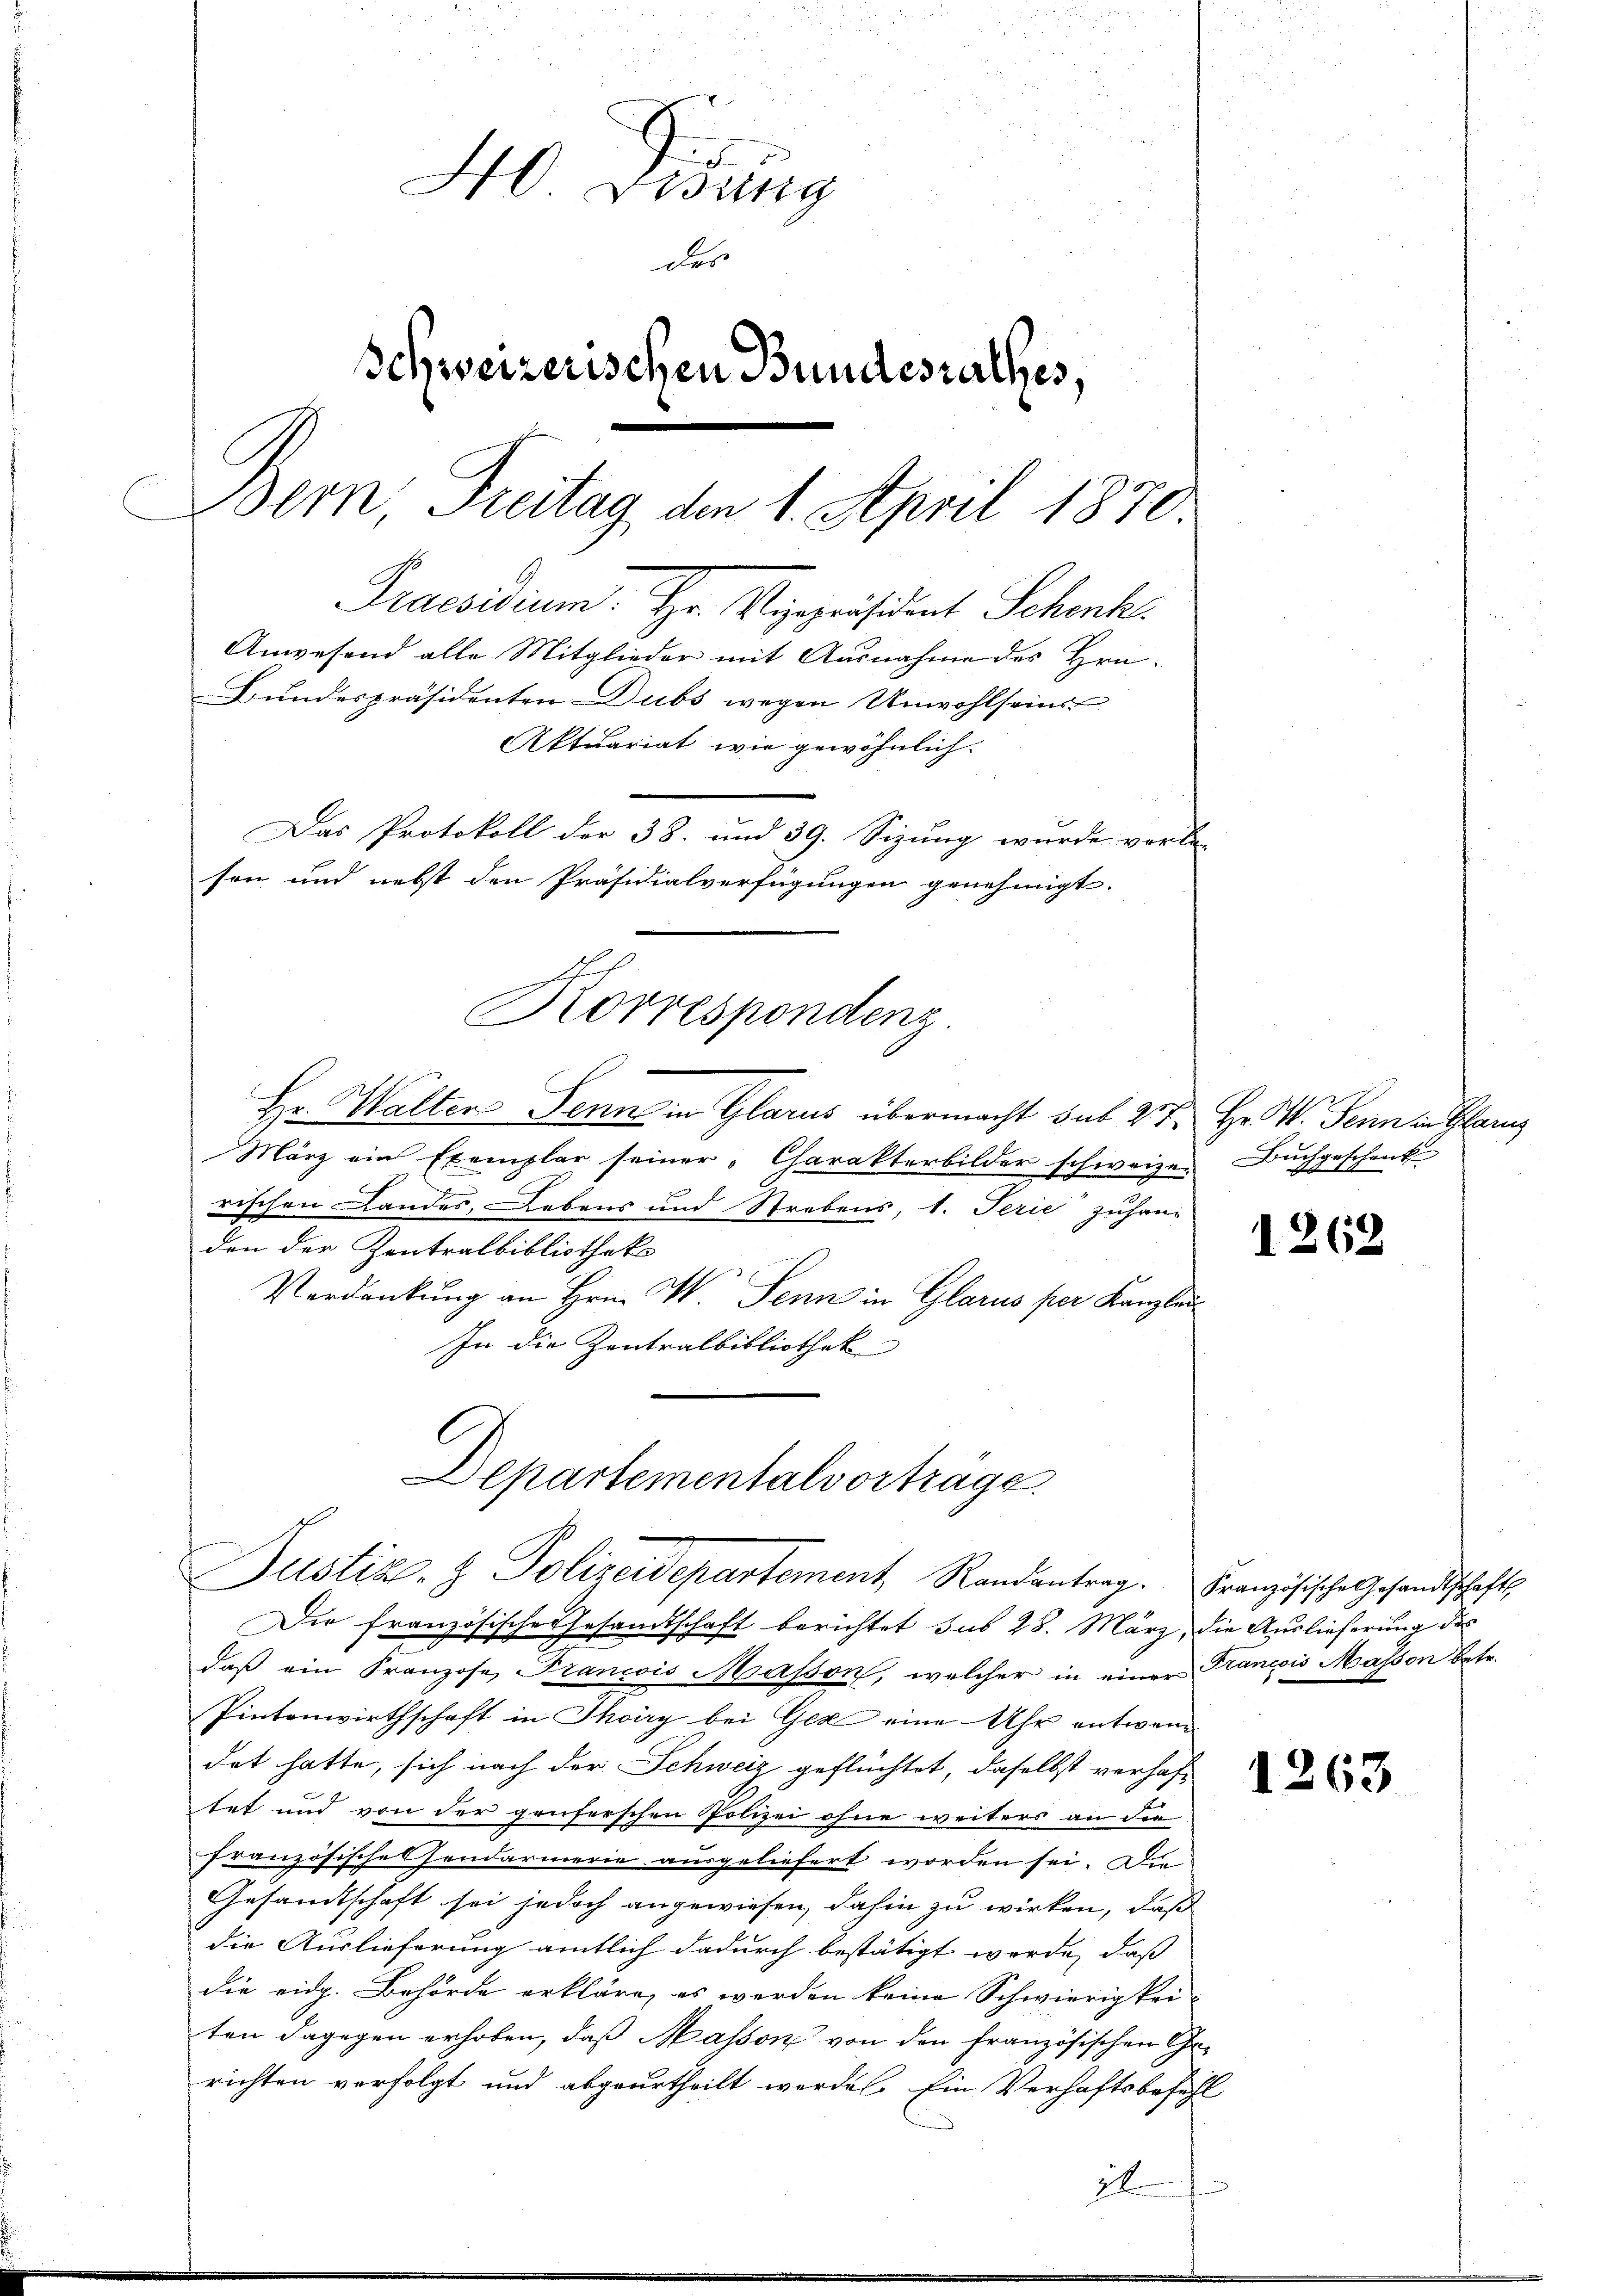
40 Didung
des
Schweizerischen Bundesrathes,
Bern, Freitag, den 1. April 1870
Praesidium. Hr. Vizepräsident Schenk
Anwesend alle Mitglieder mit Ausnahme des Hrn.
Bundespräsidenten Dubs wegen Unwohlseins
Aktuariat wie gewöhnlich.
Das Protokoll der 38. und 39. Sizung wurde vorbe-

sen und nebst den Präsidialverfügungen genehmigt.
Korrespondenz

Hr. Walten Senn in Glarus übermacht sub 27. Hr. W. Senn in Glanz
März ein Exemplar seiner „Charakterbilder schweizen Buchgeschenk
z
rischen Landes, Lebens und Strebens, 1. Ferie zuhang
den der Zentralbibliotheke
Verdankung an Hrn. W. Senn in Glarus per Kanzlei
In die Zentralbibliothek
Departementalvortrage.
Justiz- & Polizeidepartement, Randantrag. Französische Gesandtschafts
Die französische Gesandtschaft berichtet sus 28. März, die Auslieferung des
daβ ein Franzose Francis Masson, welcher in einer Francois Masson betr.
Pintenwirthschaft in Thoiry bei Gez eine Uhr entwen
det hatte, sich nach der Schweiz geflüchtet, daselbst verhaftet und von der geuferschen Polizei ohne weiters an die
französisches Hendarmerie ausgeliefert worden sei. Die
Gesandtschaft sei jedoch angewiesen, dahin zu wirken, daß
die Auslieferung amtlich dadurch bestätigt worde, daß
die eidg. Behörde erkläre, es werden keine Schwierigkei
ten dagegen erhoben, daß Masson von den französischen Ge-
richten verfolgt und abgeurtheilt werden. Ein Verhaftsbefehl
2

1262

1263